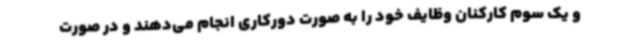
و یک سوم کارکنان وظایف خود را به صورت دورکاری انجام می‌دهند و در صورت